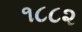
૧૮૮૨